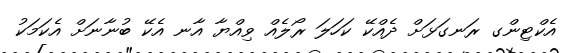
އެކްޓިންގ ރަނގަޅަށް ދެއްކޭ ކަހަލަ ރޯލެއް ވިއްޔާ އާނ އެކޭ ބުނާނަށް އެކަމަކު